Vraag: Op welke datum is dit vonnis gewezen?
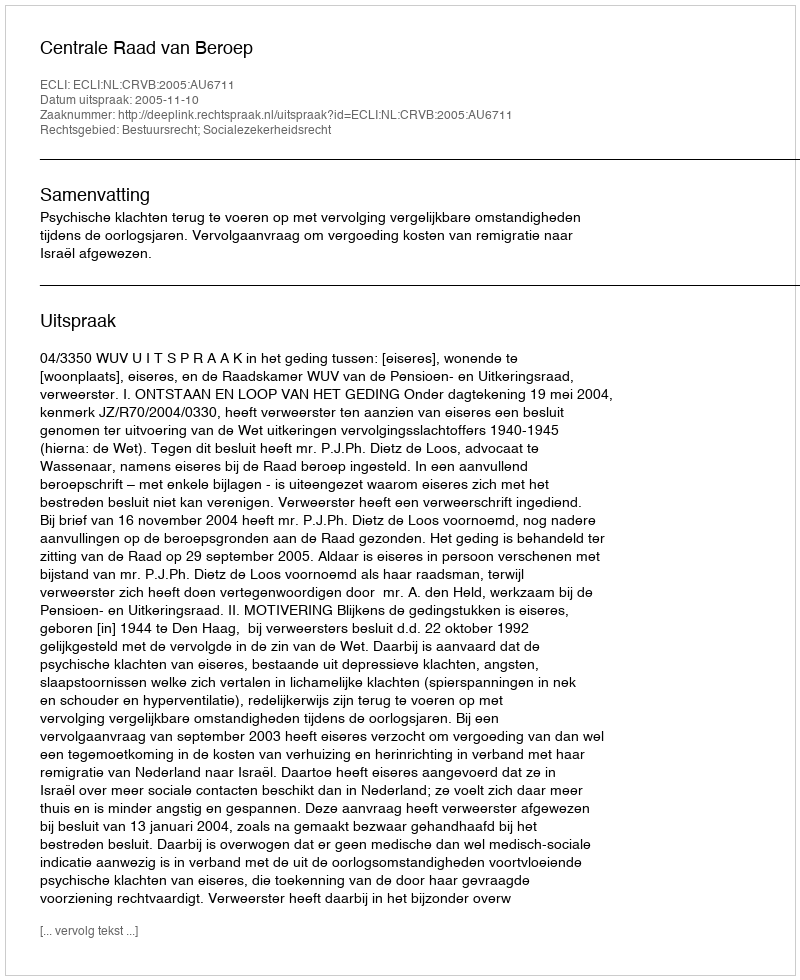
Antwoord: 2005-11-10